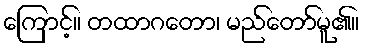
ကြောင့်။ တထာဂတော၊ မည်တော်မူ၏။